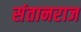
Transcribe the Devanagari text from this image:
संतानराज